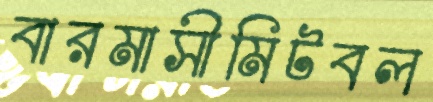
বারমাসীমিটবল